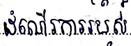
ដំណើរការរបស់